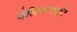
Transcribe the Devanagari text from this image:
गेलिगानाईट